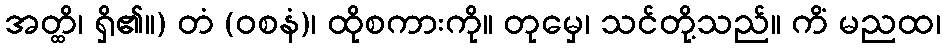
အတ္ထိ၊ ရှိ၏။) တံ (ဝစနံ)၊ ထိုစကားကို။ တုမှေ၊ သင်တို့သည်။ ကိံ မညထ၊